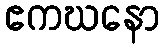
ဧကဃနော